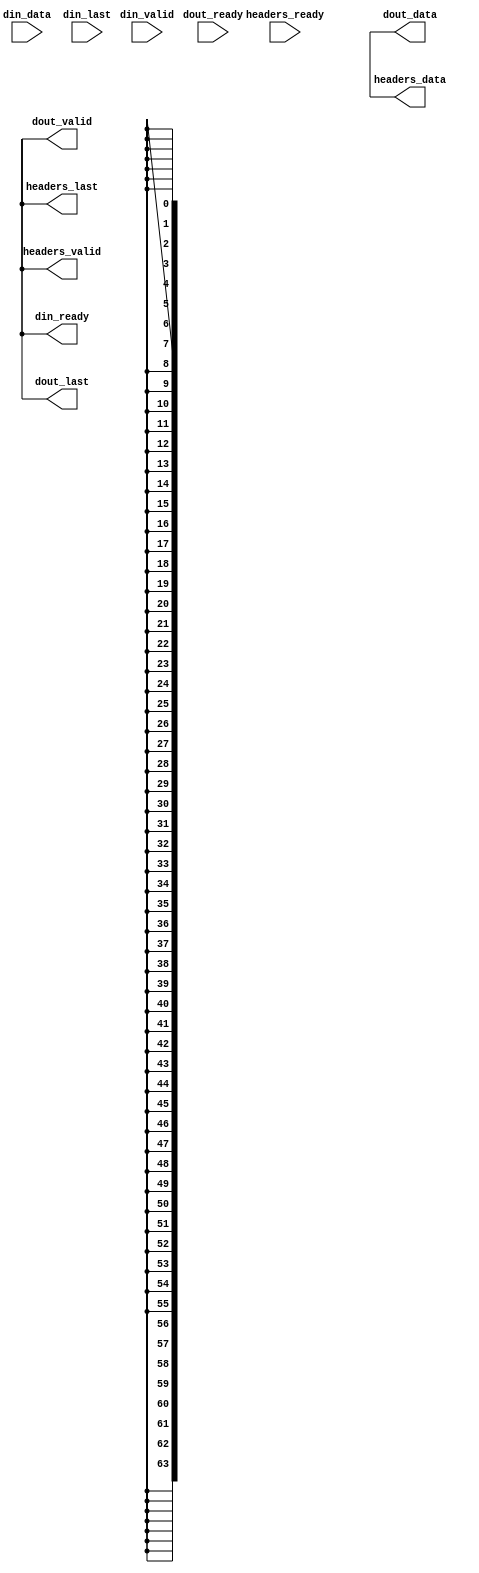
module HeadFieldExtractor (
    input wire[63:0] din_data,
    input wire din_last,
    output wire din_ready,
    input wire din_valid,
    output wire[63:0] dout_data,
    output wire dout_last,
    input wire dout_ready,
    output wire dout_valid,
    output wire[63:0] headers_data,
    output wire headers_last,
    input wire headers_ready,
    output wire headers_valid
);
    assign din_ready = 1'bx;
    assign dout_data = 64'bxxxxxxxxxxxxxxxxxxxxxxxxxxxxxxxxxxxxxxxxxxxxxxxxxxxxxxxxxxxxxxxx;
    assign dout_last = 1'bx;
    assign dout_valid = 1'bx;
    assign headers_data = 64'bxxxxxxxxxxxxxxxxxxxxxxxxxxxxxxxxxxxxxxxxxxxxxxxxxxxxxxxxxxxxxxxx;
    assign headers_last = 1'bx;
    assign headers_valid = 1'bx;
endmodule